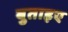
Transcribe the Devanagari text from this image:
बुताइए